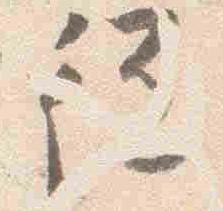
従